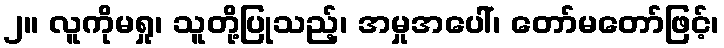
၂။ လူကိုမရှု၊ သူတို့ပြုသည့်၊ အမှုအပေါ်၊ တော်မတော်ဖြင့်၊